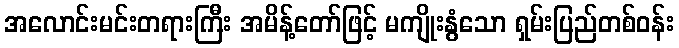
အလောင်းမင်းတရားကြီး အမိန့်တော်ဖြင့် မကျိုးနွံသော ရှမ်းပြည်တစ်ဝန်း